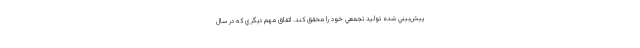
پيش‌بيني شده توليد تجمعي خود را محقق كند. اتفاق مهم ديگري كه در سال